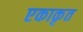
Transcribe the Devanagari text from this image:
एकाकृत